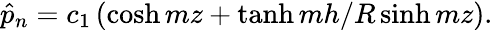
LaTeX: \hat{p}_{n}=c_{1}\left(\cosh{mz}+\operatorname{tanh}{mh/R}\sinh{mz}\right).